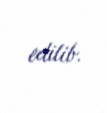
edilib.